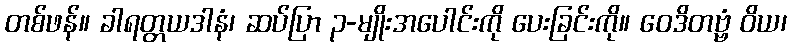
တစ်ဖန်။ ခါရတ္တယဒါနံ၊ ဆပ်ပြာ ၃-မျိုးအပေါင်းကို ပေးခြင်းကို။ ဝေဒိတဗ္ဗံ ဝိယ၊